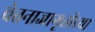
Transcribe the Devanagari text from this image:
चेतनाजागृतीच्या